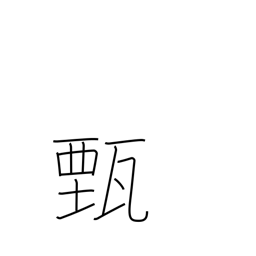
Meaning: make clear